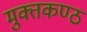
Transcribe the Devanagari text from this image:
मुक्तकण्ठ